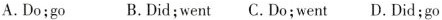
A.Do;go B.Did;went C.Do;went D.Did;go